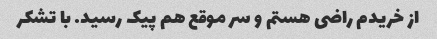
از خریدم راضی هستم و سر موقع هم پیک رسید. با تشکر